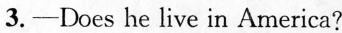
3.—Does he live in America?